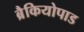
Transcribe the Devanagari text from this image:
ब्रैकियोपाड